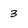
Character: 3